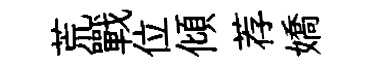
荒戰位傾荐嬌